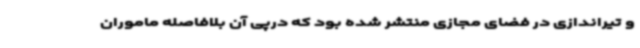
و تیراندازی در فضای مجازی منتشر شده بود که درپی آن بلافاصله ماموران